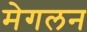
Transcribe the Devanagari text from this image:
मेगलन